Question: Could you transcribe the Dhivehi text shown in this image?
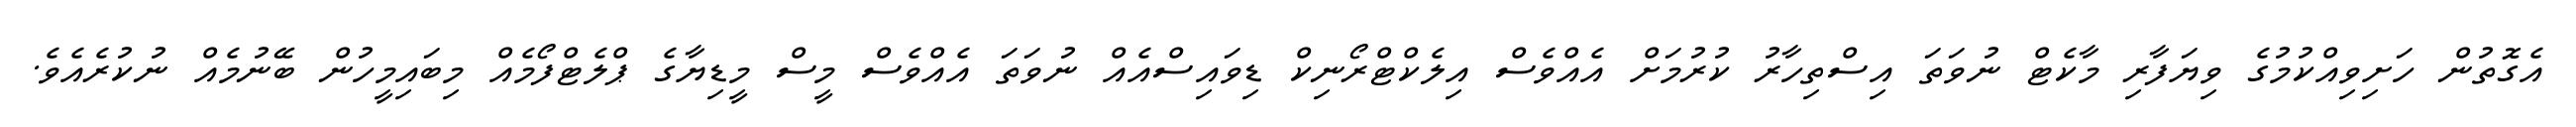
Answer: އެގޮތުން ހަށިވިއްކުމުގެ ވިޔަފާރި މާކެޓް ނުވަތަ އިސްތިހާރު ކުރުމަށް އެއްވެސް އިލެކްޓްރޯނިކް ޑިވައިސްއެއް ނުވަތަ އެއްވެސް މީސް މީޑިޔާގެ ޕްލެޓްފޯމެއް މިބައިމީހުން ބޭނުމެއް ނުކުރެއެވެ.